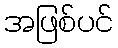
အဖြစ်ပင်